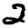
Digit: 2